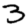
Digit: 3